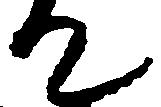
て